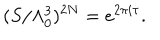
( S / \Lambda _ { 0 } ^ { 3 } ) ^ { 2 N } = e ^ { 2 \pi i \tau } .